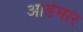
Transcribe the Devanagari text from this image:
आडेमार